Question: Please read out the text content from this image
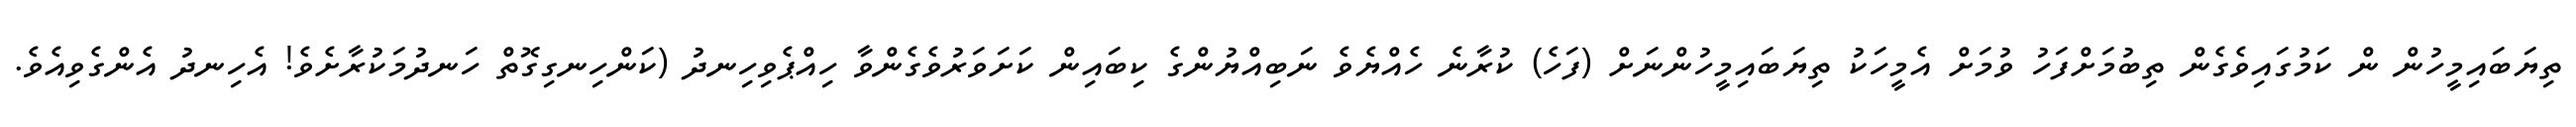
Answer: ތިޔަބައިމީހުން ން ކަމުގައިވެގެން ތިބުމަށްފަހު ވުމަށް އެމީހަކު ތިޔަބައިމީހުންނަށް (ފަހެ) ކުރާނެ ހެއްޔެވެ ނަބިއްޔުންގެ ކިބައިން ކަށަވަރުވެގެންވާ ހިއްޕެވިހިނދު (ކަންހިނގިގޮތް ހަނދުމަކުރާށެވެ! އެހިނދު އެންގެވިއެވެ.